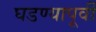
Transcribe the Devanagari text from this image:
घडण्यापूर्वी